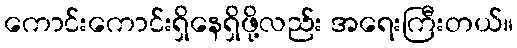
ကောင်းကောင်းရှိနေရှိဖို့လည်း အရေးကြီးတယ်။